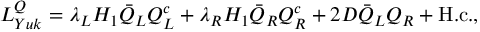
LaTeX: { \cal L } _ { Y u k } ^ { Q } = \lambda _ { L } H _ { 1 } \bar { Q } _ { L } Q _ { L } ^ { c } + \lambda _ { R } H _ { 1 } \bar { Q } _ { R } Q _ { R } ^ { c } + 2 D \bar { Q } _ { L } Q _ { R } + \mathrm { H . c . } ,